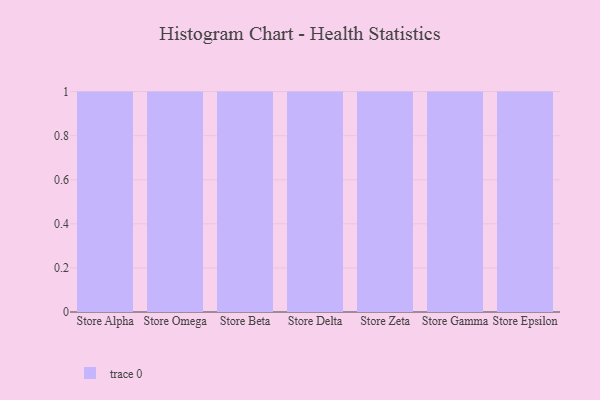
{"axis": {"x": "Store", "y": "Operating Costs (USD K)"}, "legend": [""], "data": [{"x": "Store Alpha", "y": 47, "type": ""}, {"x": "Store Omega", "y": 14, "type": ""}, {"x": "Store Beta", "y": 92, "type": ""}, {"x": "Store Delta", "y": 23, "type": ""}, {"x": "Store Zeta", "y": 58, "type": ""}, {"x": "Store Gamma", "y": 21, "type": ""}, {"x": "Store Epsilon", "y": 31, "type": ""}]}